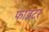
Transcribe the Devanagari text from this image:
फाडटर